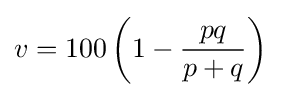
v=100\left(1-{pq \over p+q}\right)